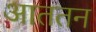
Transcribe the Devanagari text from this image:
आततन